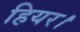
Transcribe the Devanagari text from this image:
हियर।